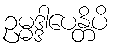
ဥမ္မဒ္ဒါပေန္တိပိ